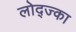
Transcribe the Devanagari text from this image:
लोद्ज्का